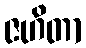
ဇဟိတာ